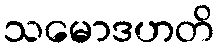
သမောဒဟတိ